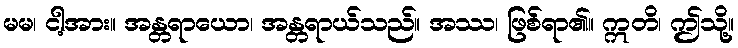
မမ၊ ငါ့အား။ အန္တရာယော၊ အန္တရာယ်သည်။ အဿ၊ ဖြစ်ရာ၏။ ဣတိ၊ ဤသို့။